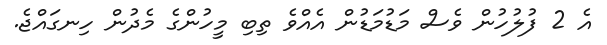
އެ 2 ފުލުހުން ވެސް މަޑުމަޑުން އެއްވެ ތިބި މީހުންގެ މެދުން ހިނގައްޖެ.